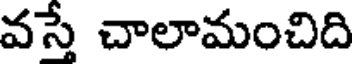
వస్తే చాలామంచిది